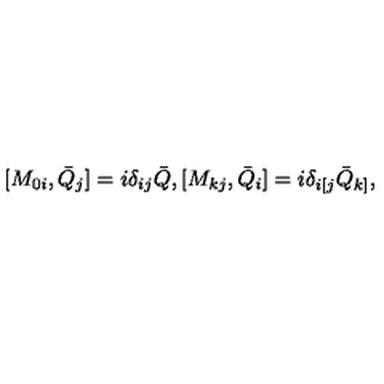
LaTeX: [ M _ { 0 i } , \bar { Q } _ { j } ] = i \delta _ { i j } \bar { Q } , [ M _ { k j } , \bar { Q } _ { i } ] = i \delta _ { i [ j } \bar { Q } _ { k ] } ,